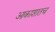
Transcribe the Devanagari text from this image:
आकाशातच